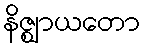
နိဇ္ဈာယတော